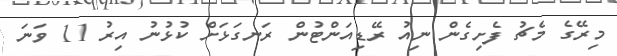
މިރޭގެ މެޗު ފެށިގެން ނިއު ރޭޑިއަންޓުން ރަނގަޅަށް ކުޅުނު އިރު 11 ވަނަ